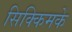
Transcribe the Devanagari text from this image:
सिक्किमके